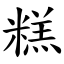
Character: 糕